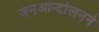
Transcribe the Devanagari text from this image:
जनआन्दोलनने